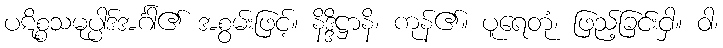
ပဋိစ္စသမုပ္ပါဒ်အင်္ဂါ၏ အစွမ်းဖြင့်။ နိဒ္ဒိဋ္ဌာနိ၊ ကုန်၏။ ပူရေတုံ၊ ဖြည့်ခြင်းငှါ။ ဝါ၊